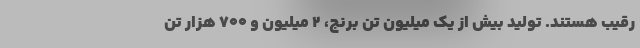
رقیب هستند. تولید بیش از یک میلیون تن برنج، ۲ میلیون و ۷۰۰ هزار تن